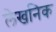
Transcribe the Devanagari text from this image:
लेखनिक